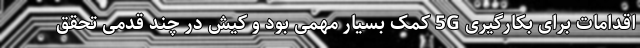
اقدامات برای بکارگیری 5G کمک بسیار مهمی بود و کیش در چند قدمی تحقق